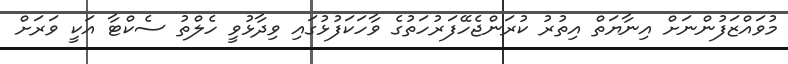
މުވައްޒަފުންނަށް އިނާޔަތް އިތުރު ކުރަންޖެހޭފަރުހަތުގެ ވާހަކަފުޅުގައި ވިދާޅުވީ ހެލްތު ސެކްޓާ އަކީ ވަރަށް